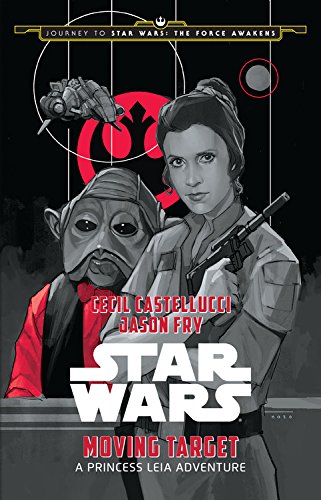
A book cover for Journey to Star Wars: The Force Awakens Moving Target: A Princess Leia Adventure (Star Wars: Journey to Star Wars: the Force Awakens); Cecil Castellucci; Children's Books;